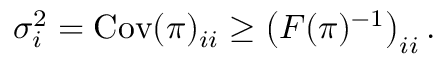
\begin{array} { r } { \sigma _ { i } ^ { 2 } = \mathrm { C o v } ( { \boldsymbol \pi } ) _ { i i } \geq \left( F ( { \boldsymbol \pi } ) ^ { - 1 } \right) _ { i i } . } \end{array}